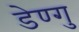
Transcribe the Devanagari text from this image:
डेण्गु